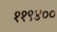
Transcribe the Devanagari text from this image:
११९४००